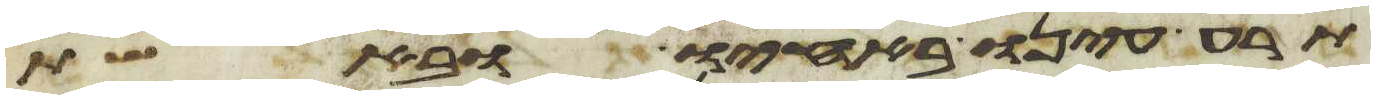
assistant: תרע עינו באחיו ובאשת